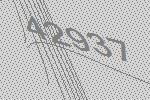
42937